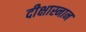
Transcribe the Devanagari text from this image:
दीक्षास्नान